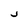
Character: j